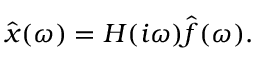
\hat { \b { x } } ( \omega ) = \b { H } ( i \omega ) \hat { \b { f } } ( \omega ) .